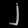
Digit: ၂